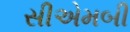
સીએમબી